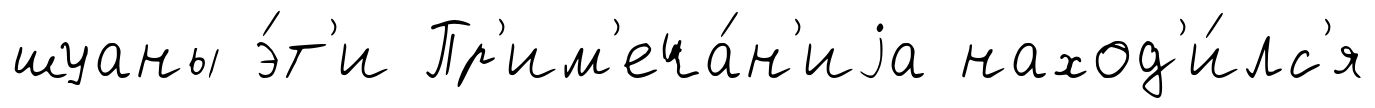
шуаны э́т'и Пр'им'еча́н'иjа наход'и́лс'я